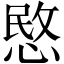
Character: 愍